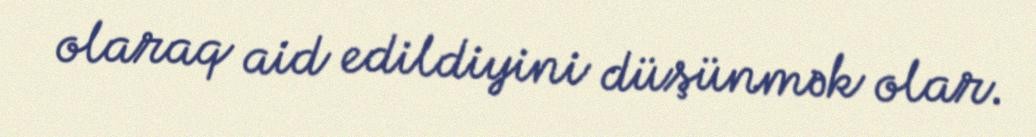
olaraq aid edildiyini düşünmək olar.